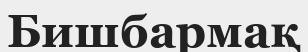
Бишбармақ